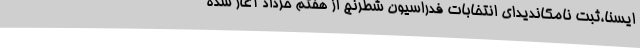
ایسنا،ثبت نامکاندیدای انتخابات فدراسیون شطرنج از هفتم خرداد آغاز شده